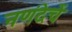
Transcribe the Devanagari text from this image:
नणंदेचें